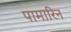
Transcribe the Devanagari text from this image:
पामारिन